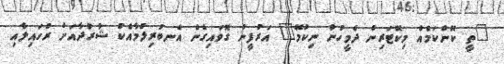
"ތީ ކޮންކަމެއް މިކޮޓަރިން ދެމީހުން ނިކުމޭ" އަރުފީނު ގޮވައިގެން އެނބުރިލުމާއެކު ޝާރުދާއަށް ރުހައިލާއި